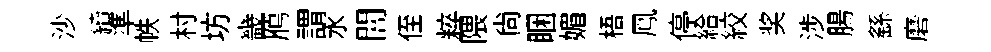
沙續準帙村坊畿鴈謂水闇侄粹隈尙睏媚梧鳯停給絞奖涉腸繇磨